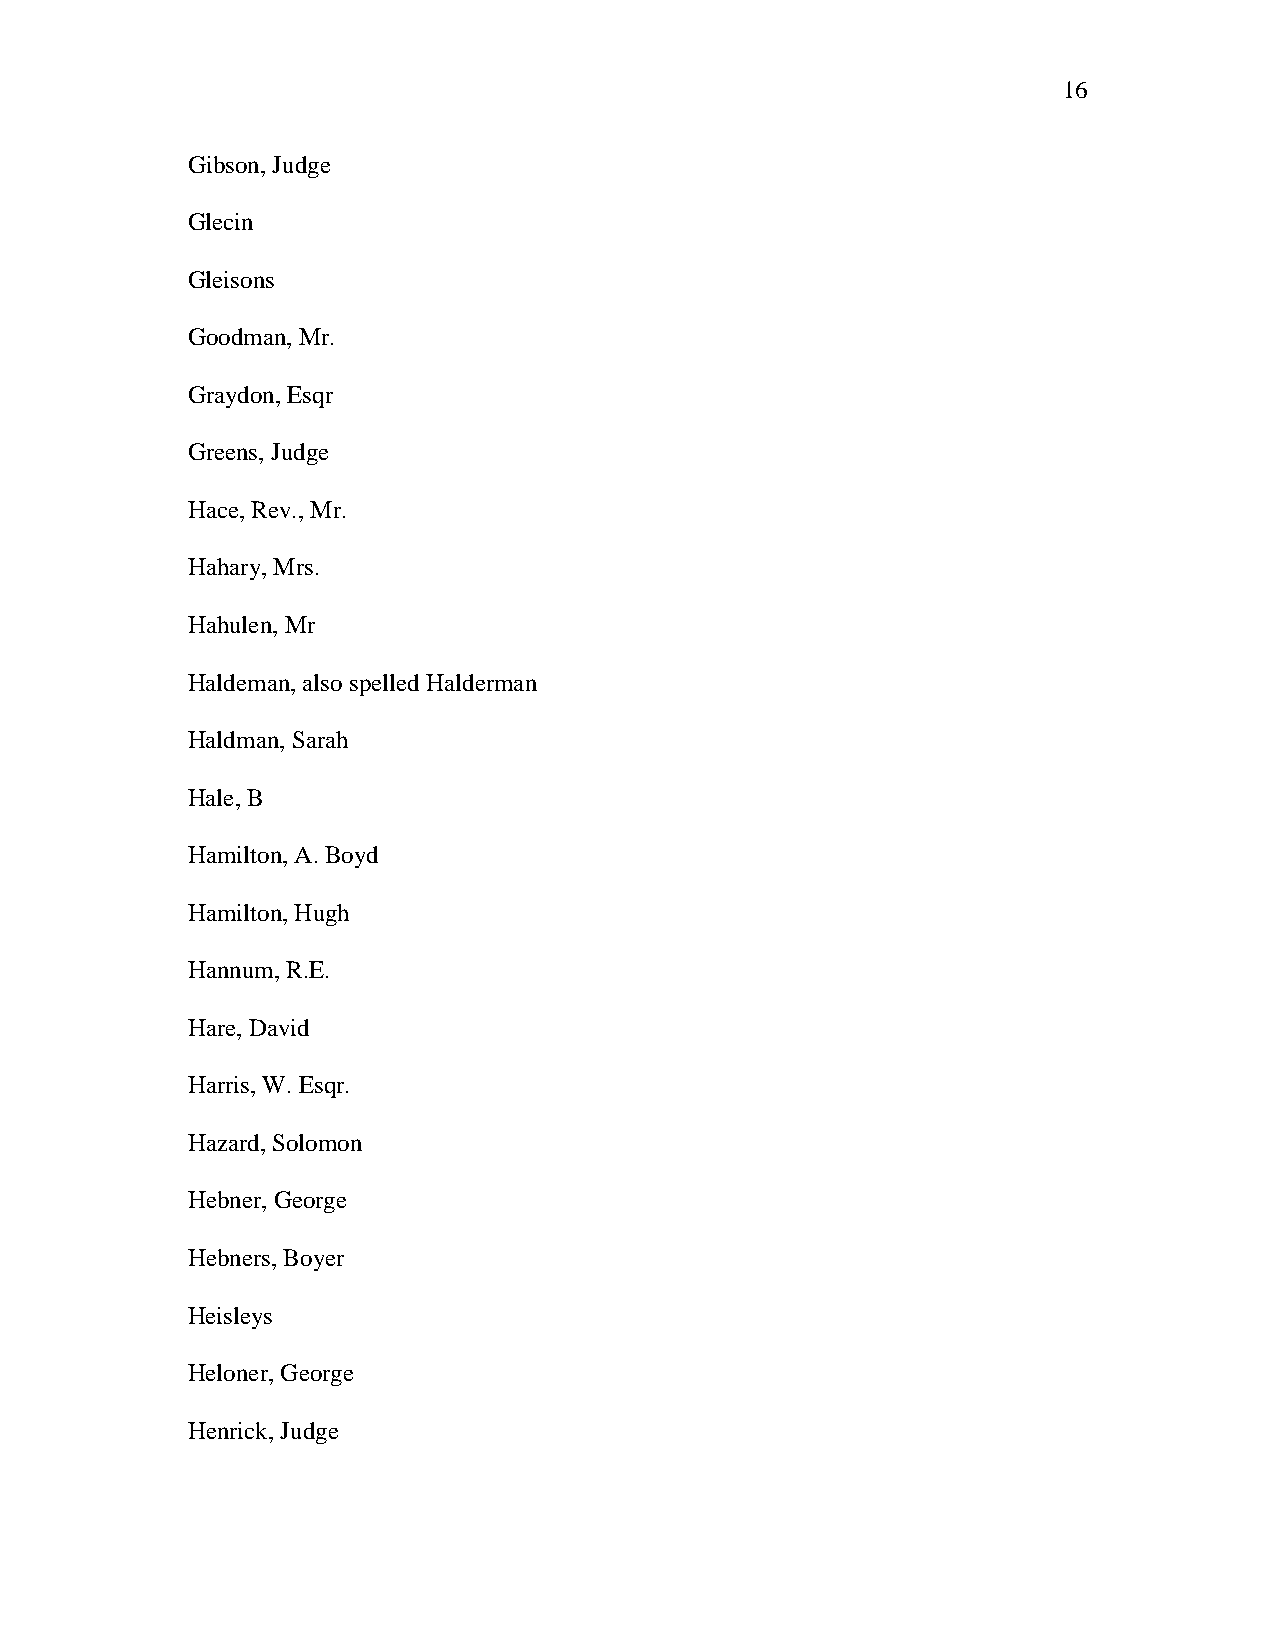
16
 Gibson, Judge
 Glecin
 Gleisons
 Goodman, Mr.
 Graydon, Esqr
 Greens, Judge
 Hace, Rev., Mr.
 Hahary, Mrs.
 Hahulen, Mr
 Haldeman, also spelled Halderman
 Haldman, Sarah
 Hale, B
 Hamilton, A. Boyd
 Hamilton, Hugh
 Hannum, R.E.
 Hare, David
 Harris, W. Esqr.
 Hazard, Solomon
 Hebner, George
 Hebners, Boyer
 Heisleys
 Heloner, George
 Henrick, Judge